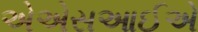
એએસઆઈએ